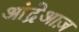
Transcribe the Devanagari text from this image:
आंद्रेआज़